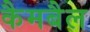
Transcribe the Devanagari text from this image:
कैमबैल